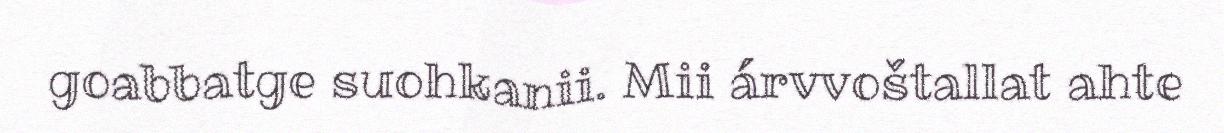
goabbatge suohkanii. Mii árvvoštallat ahte